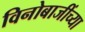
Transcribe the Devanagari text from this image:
विनोबाजींच्या